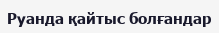
Руанда қайтыс болғандар